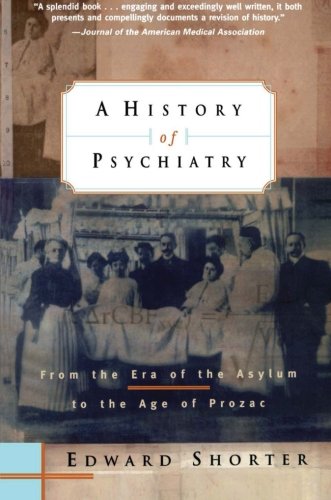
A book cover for A History of Psychiatry: From the Era of the Asylum to the Age of Prozac; Edward Shorter; Medical Books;